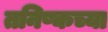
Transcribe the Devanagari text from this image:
तनिष्कच्या